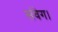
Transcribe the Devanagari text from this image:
संवेग।